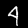
Label: 4